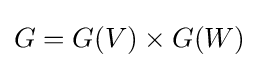
G=G(V)\times G(W)